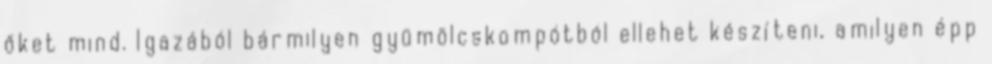
őket mind. Igazából bármilyen gyümölcskompótból ellehet készíteni, amilyen épp